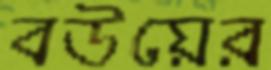
বউয়ের